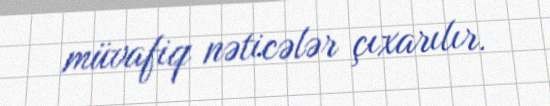
müvafiq nəticələr çıxarılır.